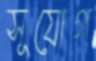
সূযোগ